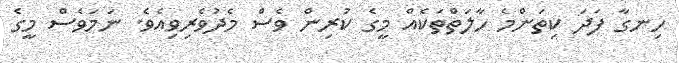
ހިނގާ ފަދަ ކިތަންމެ ހާލަތްތަކެއް މީގެ ކުރިން ވެސް މެދުވެރިވިއެވެ. ނަމަވެސް މީގެ